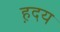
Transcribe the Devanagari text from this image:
ह़दय